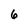
Character: 6